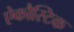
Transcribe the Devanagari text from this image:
ऐकौस्टिक